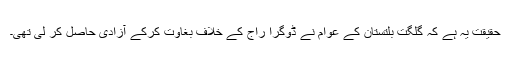
حقیقت یہ ہے کہ گلگت بلتستان کے عوام نے ڈوگرا راج کے خلاف بغاوت کرکے آزادی حاصل کر لی تھی۔